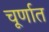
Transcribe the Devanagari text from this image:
चूर्णात